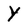
Character: Y